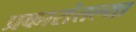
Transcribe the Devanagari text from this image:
प्रकारांतल्या